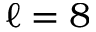
\ell = 8